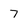
Character: 7